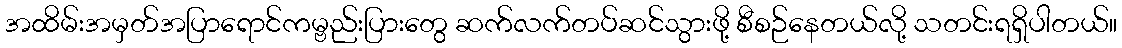
အထိမ်းအမှတ်အပြာရောင်ကမ္ဗည်းပြားတွေ ဆက်လက်တပ်ဆင်သွားဖို့ စီစဉ်နေတယ်လို့ သတင်းရရှိပါတယ်။